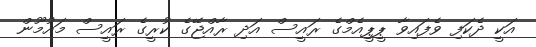
އަކީ ދެކަފި ވެފައިވާ ޕީޕީއެމްގެ ރައީސް އަދި ރާއްޖޭގެ ކުރީގެ ރައީސް މައުމޫން